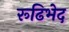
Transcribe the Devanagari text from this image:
रूढिभेद